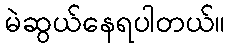
မဲဆွယ်နေရပါတယ်။